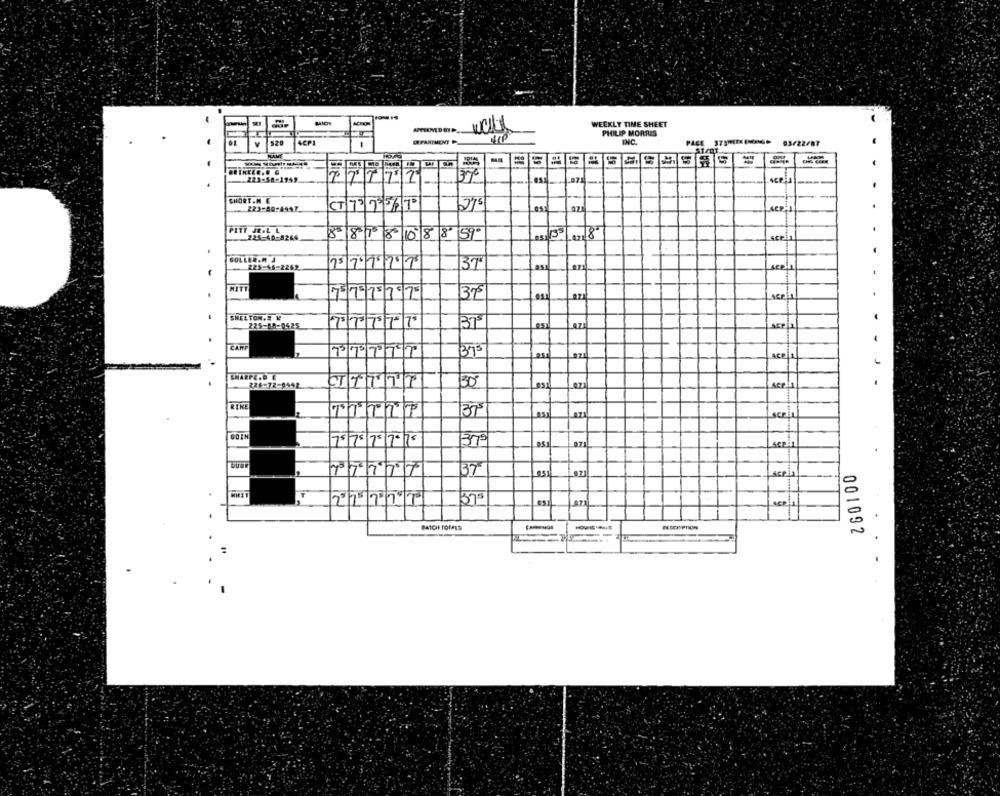
WEEKLY TIME SHEET
PHILIP MORTUS
520
4CPI
INC.
PACE 373M1(06- 03/22/87
---
SHORT.M. E
223-80-4947
(T 73 79567
275
PITY JE.L L
225-40-8264
8 8 |1 |8|10 8859
Leze 18
scein
GOLLER.M .
37
225-46-2262
7571 1 2
37
SHELTON.S K
225-68-0425
73 73 75/757
37
.....
CAMP
7117797
Acela
226-72-9452
CITTTT
ACP 1
RIKE
TRTIT
37
GOIN
75 75 75 7-175
scel
37
ACP
0
375
0
BATCH TOPPES
001092